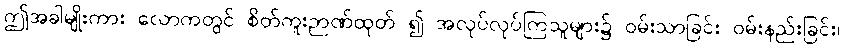
ဤအခါမျိုးကား လောကတွင် စိတ်ကူးဉာဏ်ထုတ် ၍ အလုပ်လုပ်ကြသူများ၌ ဝမ်းသာခြင်း ဝမ်းနည်းခြင်း၊